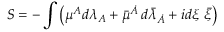
S = - \int \left( { \mu } { } ^ { A } d \lambda _ { A } + \bar { \mu } { } ^ { \dot { A } } \, d { \bar { \lambda } } _ { \dot { A } } + i d { \xi } ~ \bar { \xi } \right)